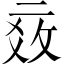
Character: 𱎓